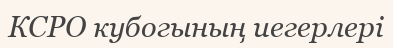
КСРО кубогының иегерлері